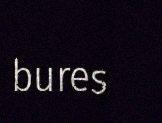
bures